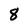
Character: 8